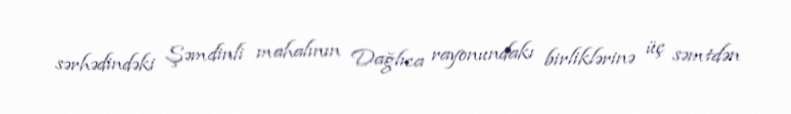
sərhədindəki Şəmdinli mahalının Dağlıca rayonundakı birliklərinə üç səmtdən